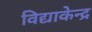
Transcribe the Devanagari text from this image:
विद्याकेन्द्र